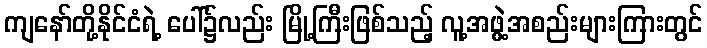
ကျနော်တို့နိုင်ငံရဲ့ ပေါ်၌လည်း မြို့ကြီးဖြစ်သည့် လူ့အဖွဲ့အစည်းများကြားတွင်